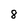
Character: 8